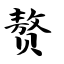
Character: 赘